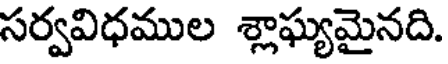
సర్వవిధముల శ్లాఘ్యమైనది.